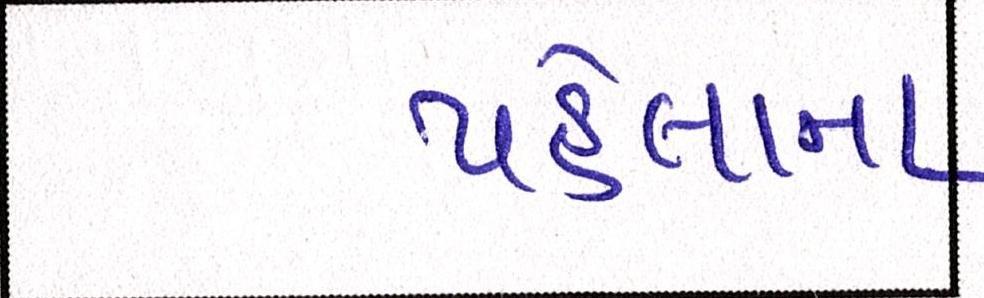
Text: પહેલાના